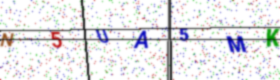
Text: N5UA5MK